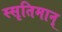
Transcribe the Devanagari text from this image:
स्सृतिमान्